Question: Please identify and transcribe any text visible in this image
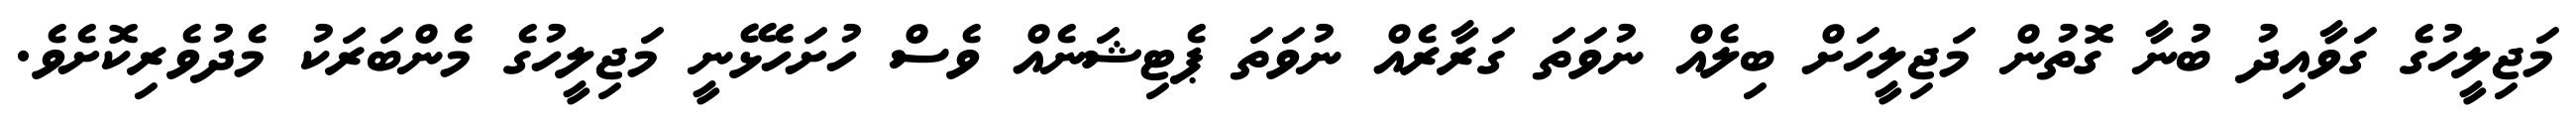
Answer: މަޖިލީހުގެ ގަވާއިދު ބުނާ ގޮތުން މަޖިލީހަށް ބިލެއް ނުވަތަ ގަރާރެއް ނުވަތަ ޕެޓިޝަނެއް ވެސް ހުށަހެޅޭނީ މަޖިލީހުގެ މެންބަރަކު މެދުވެރިކޮށެވެ.